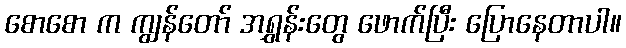
စောစော က ကျွန်တော် အရွှန်းတွေ ဖောက်ပြီး ပြောနေတာပါ။